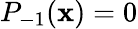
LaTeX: P_{-1}(\mathbf{x})=0